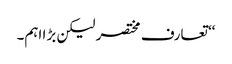
‘‘ تعارف مختصر لیکن بڑا اہم۔